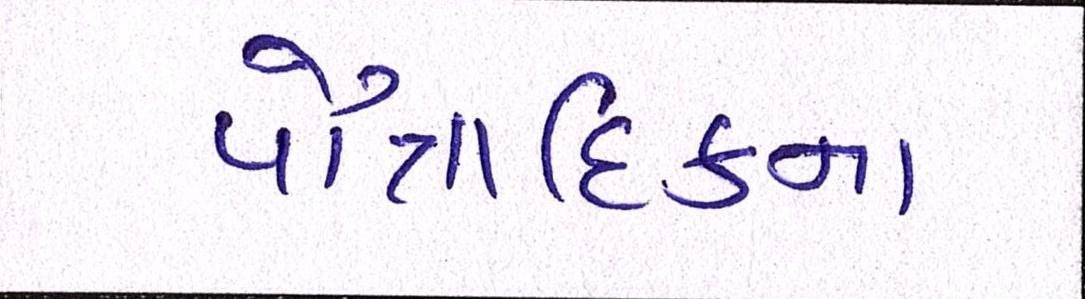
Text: પૌત્રાદિકના